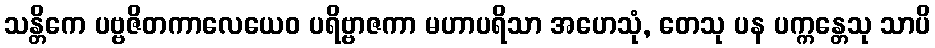
သန္တိကေ ပဗ္ဗဇိတကာလေယေဝ ပရိဗ္ဗာဇကာ မဟာပရိသာ အဟေသုံ, တေသု ပန ပက္ကန္တေသု သာပိ